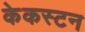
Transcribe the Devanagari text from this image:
केकस्टन